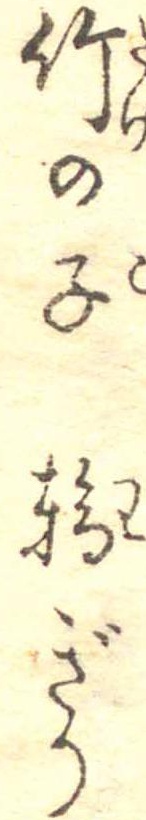
竹の子輪ぎり